Papers set at the Examination for Leaving Certificates, 1890
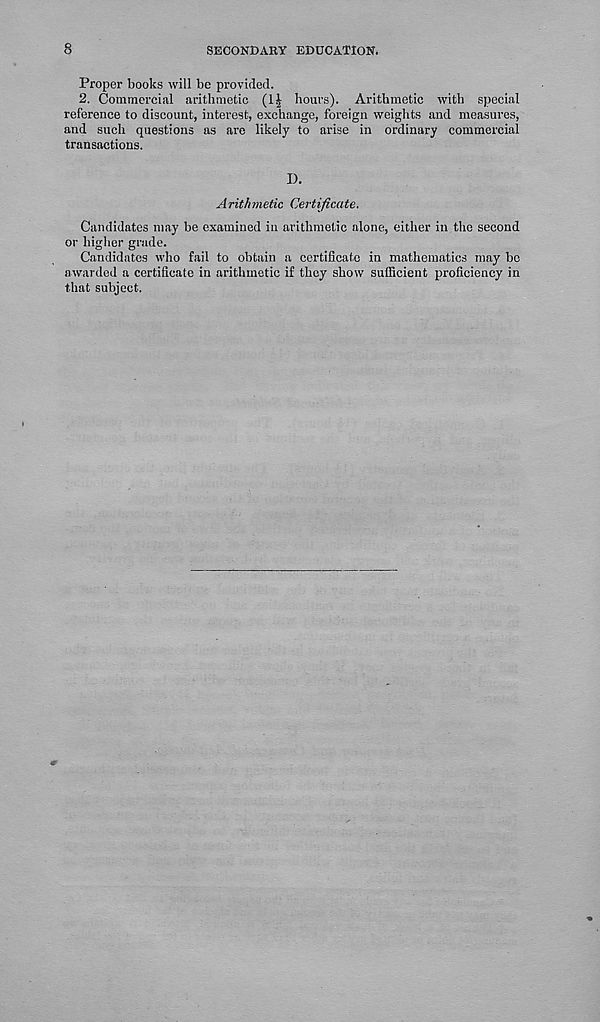
SECONDARY EDUCATION.
Proper books will be provided.
2. Commercial arithmetic (H hours). Arithmetic with special
reference to discount, interest, exchange, foreign weights and measures,
and such questions as are likely to arise in ordinary commercial
transactions.
I).
Arithmetic Certificate.
Candidates may be examined in arithmetic alone, either in the second
or higher grade.
Candidates who fail to obtain a certificate in mathematics may be
awarded a certificate in arithmetic if they show sufficient proficiency in
that subject.